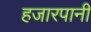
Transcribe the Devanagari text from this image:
हजारपानी